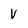
Character: v